Statistical return of the lunatic asylum in Assam - 1912-1932
Year: 1912
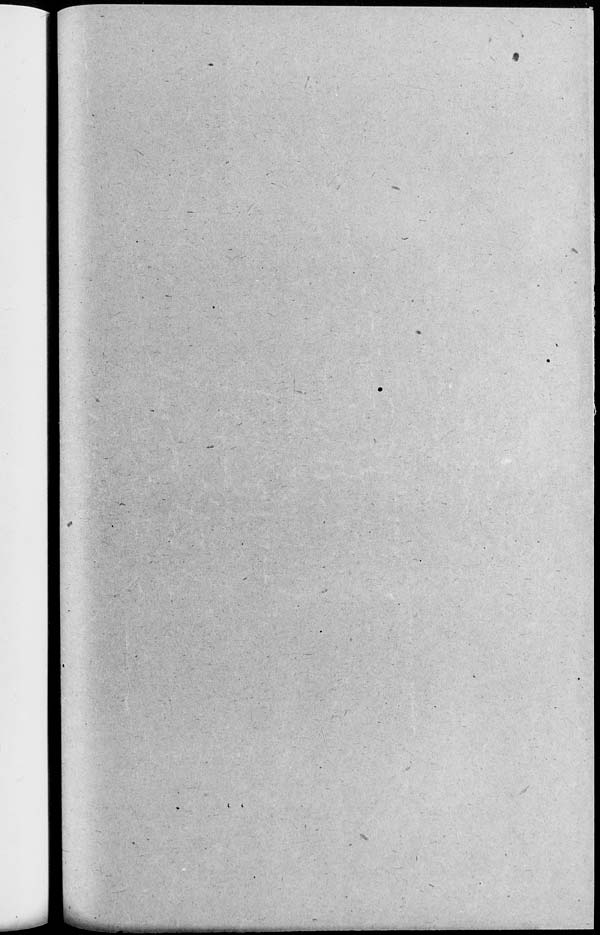
i
i
_________